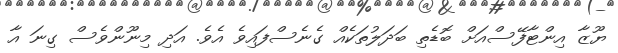
ޔޫޒާ އިންޓާފޭސްއަށް ބޮޑެތި ބަދަލުތަކެއް ގެނެސްފައިވެ އެވެ. އަދި މިނޫންވެސް ގިނަ އާ